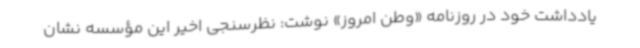
یادداشت خود در روزنامه «وطن امروز» نوشت: نظرسنجی اخیر این مؤسسه نشان